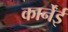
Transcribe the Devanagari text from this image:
कार्नेंई